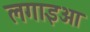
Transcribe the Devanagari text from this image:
लगाइआ